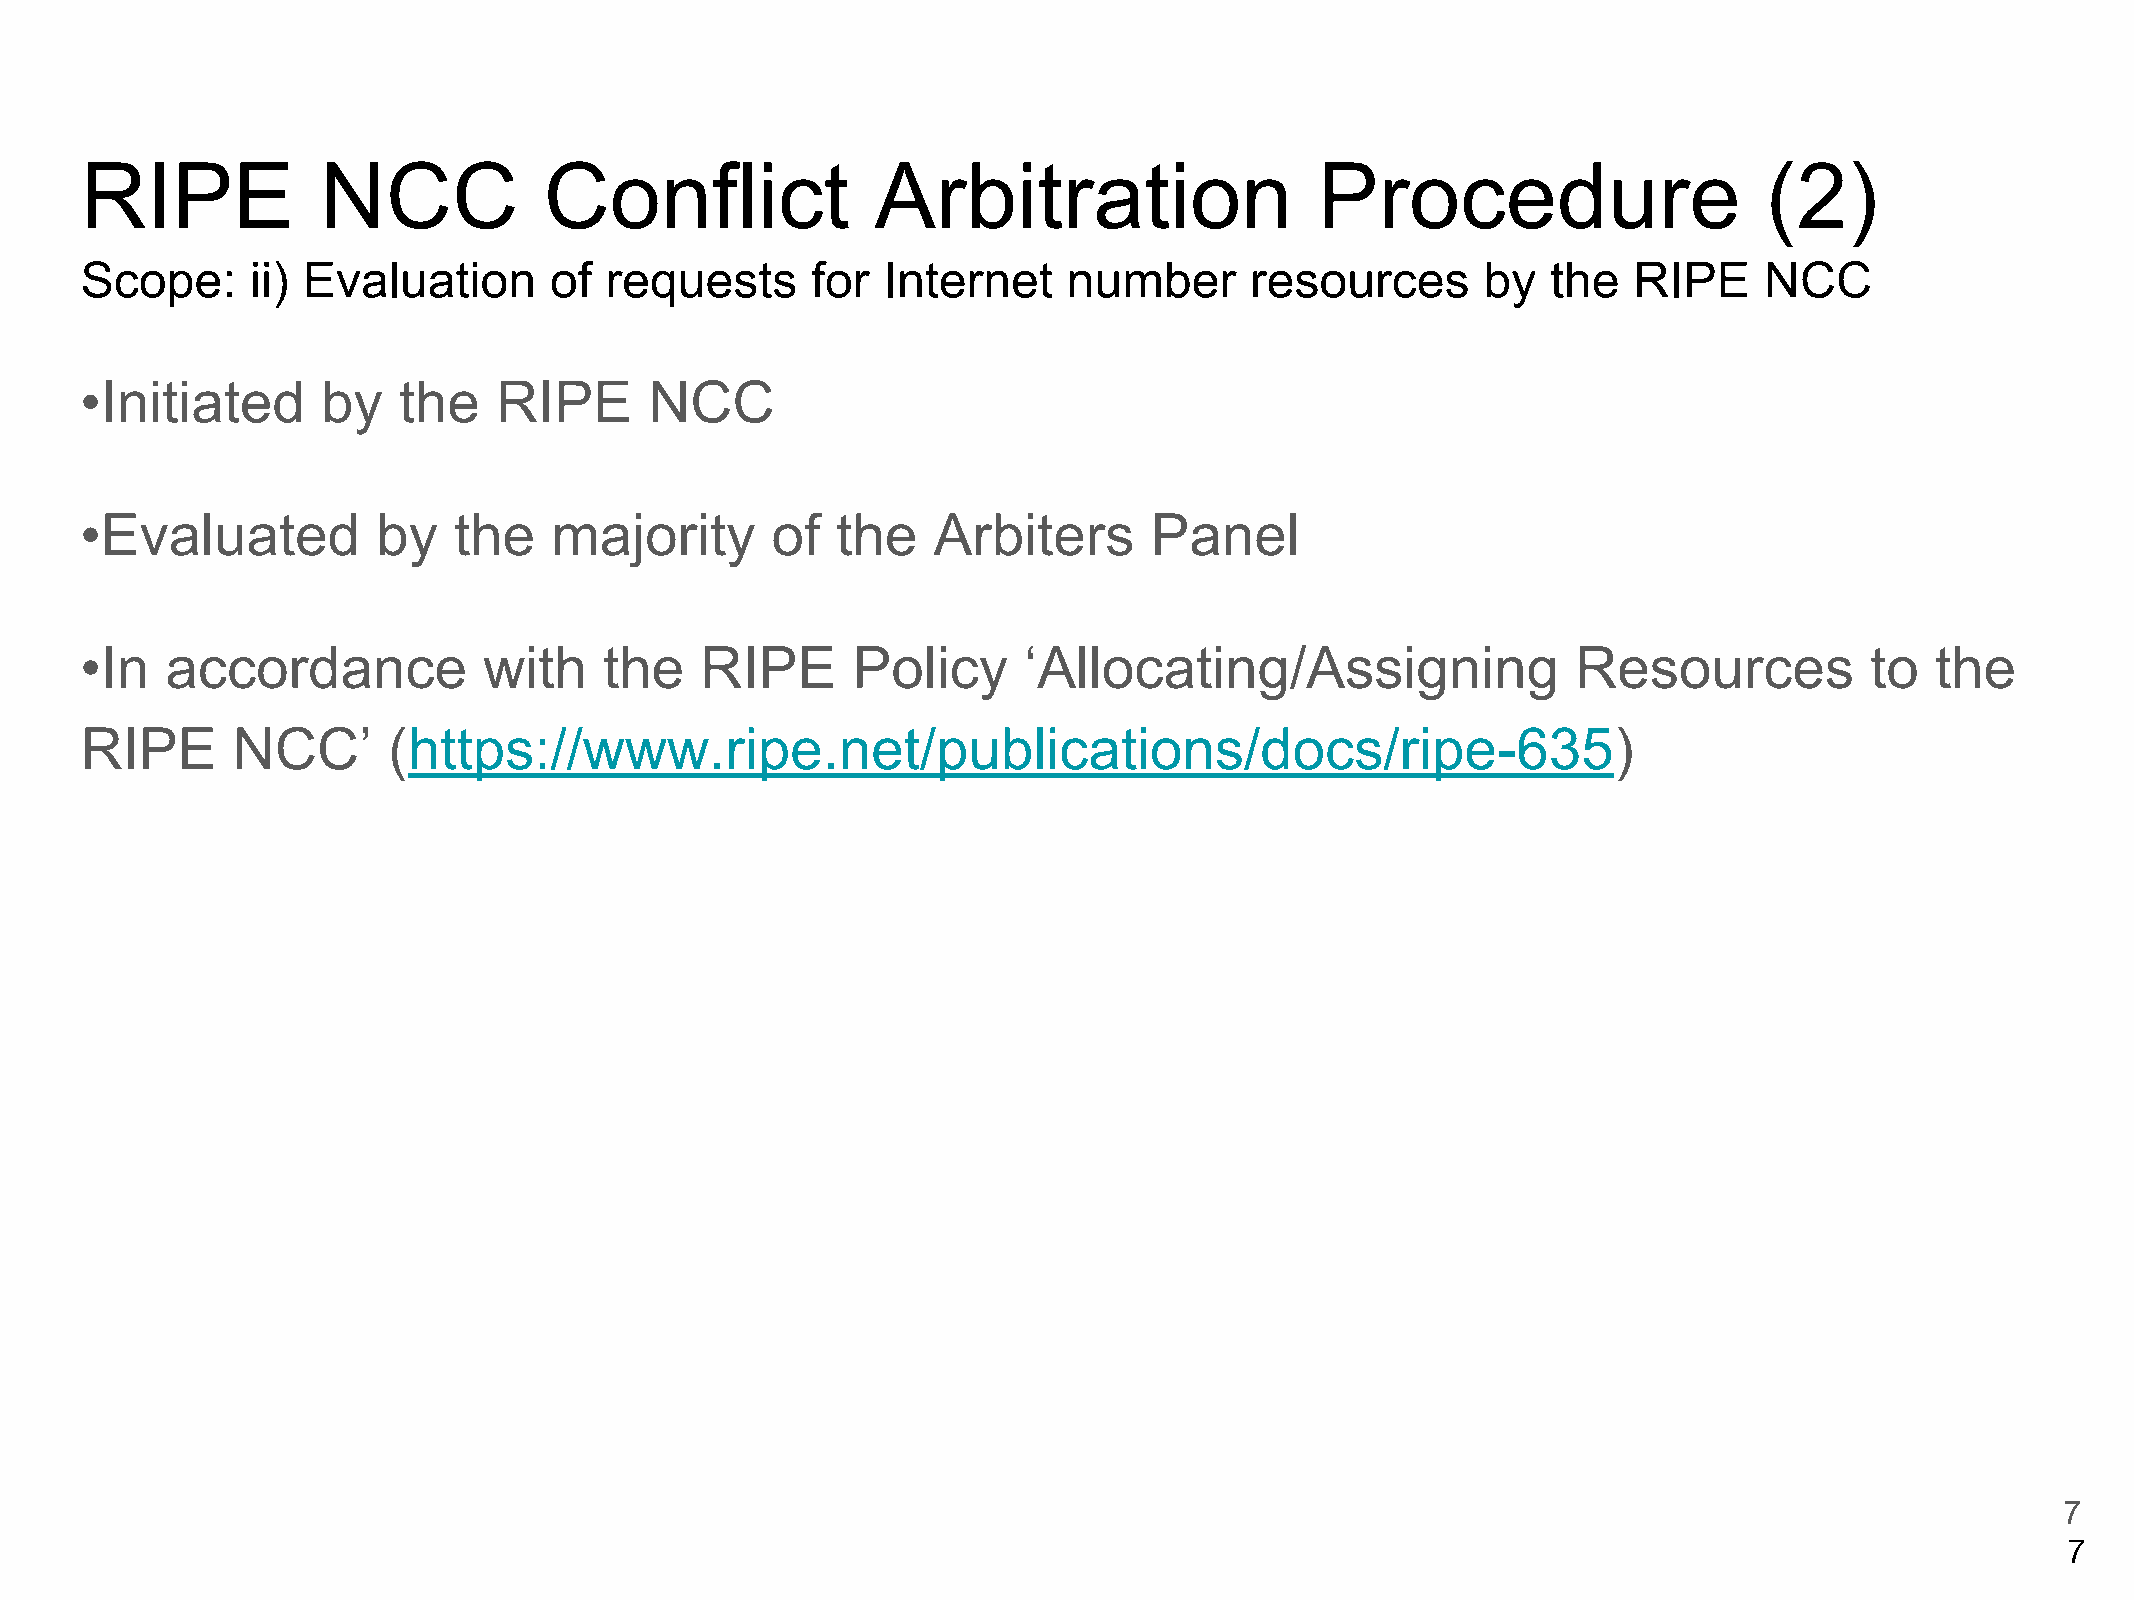
RIPE            NCC            Conflict              Arbitration                  Procedure                     (2)
 Scope:      ii) Evaluation     of  requests      for Internet     number      resources      by   the  RIPE     NCC
 •Initiated      by   the    RIPE      NCC
 •Evaluated          by   the   majority       of  the    Arbiters      Panel
 •In   accordance           with    the   RIPE      Policy      ‘Allocating/Assigning               Resources           to  the
 RIPE      NCC’       (https://www.ripe.net/publications/docs/ripe-635)
 7
 7